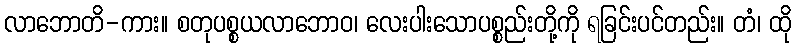
လာဘောတိ-ကား။ စတုပစ္စယလာဘောဝ၊ လေးပါးသောပစ္စည်းတို့ကို ရခြင်းပင်တည်း။ တံ၊ ထို